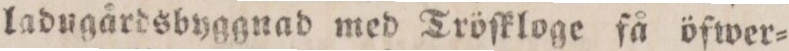
ladugårdsbyggnad med Tröſkloge få öfwer=